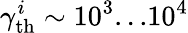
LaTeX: \gamma_{\mathrm{th}}^{i}\sim 10^{3}...10^{4}